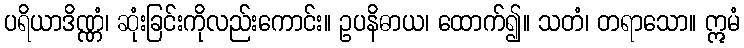
ပရိယာဒိဏ္ဏံ၊ ဆုံးခြင်းကိုလည်းကောင်း။ ဥပနိဓာယ၊ ထောက်၍။ သတံ၊ တရာသော။ ဣမံ